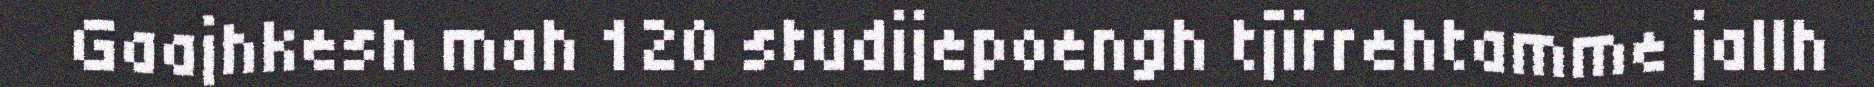
Gaajhkesh mah 120 studijepoengh tjïrrehtamme jallh